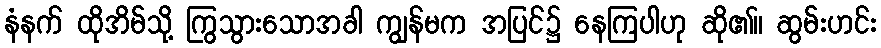
နံနက် ထိုအိမ်သို့ ကြွသွားသောအခါ ကျွန်မက အပြင်၌ နေကြပါဟု ဆို၏။ ဆွမ်းဟင်း